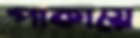
পাকায়ে